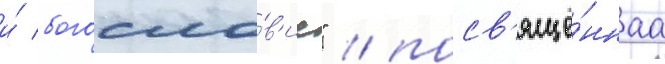
и́ богосло́в'ие" / посв'ящё́ннаа